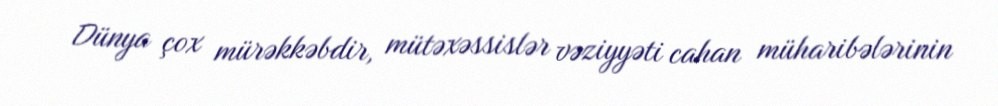
Dünya çox mürəkkəbdir, mütəxəssislər vəziyyəti cahan müharibələrinin